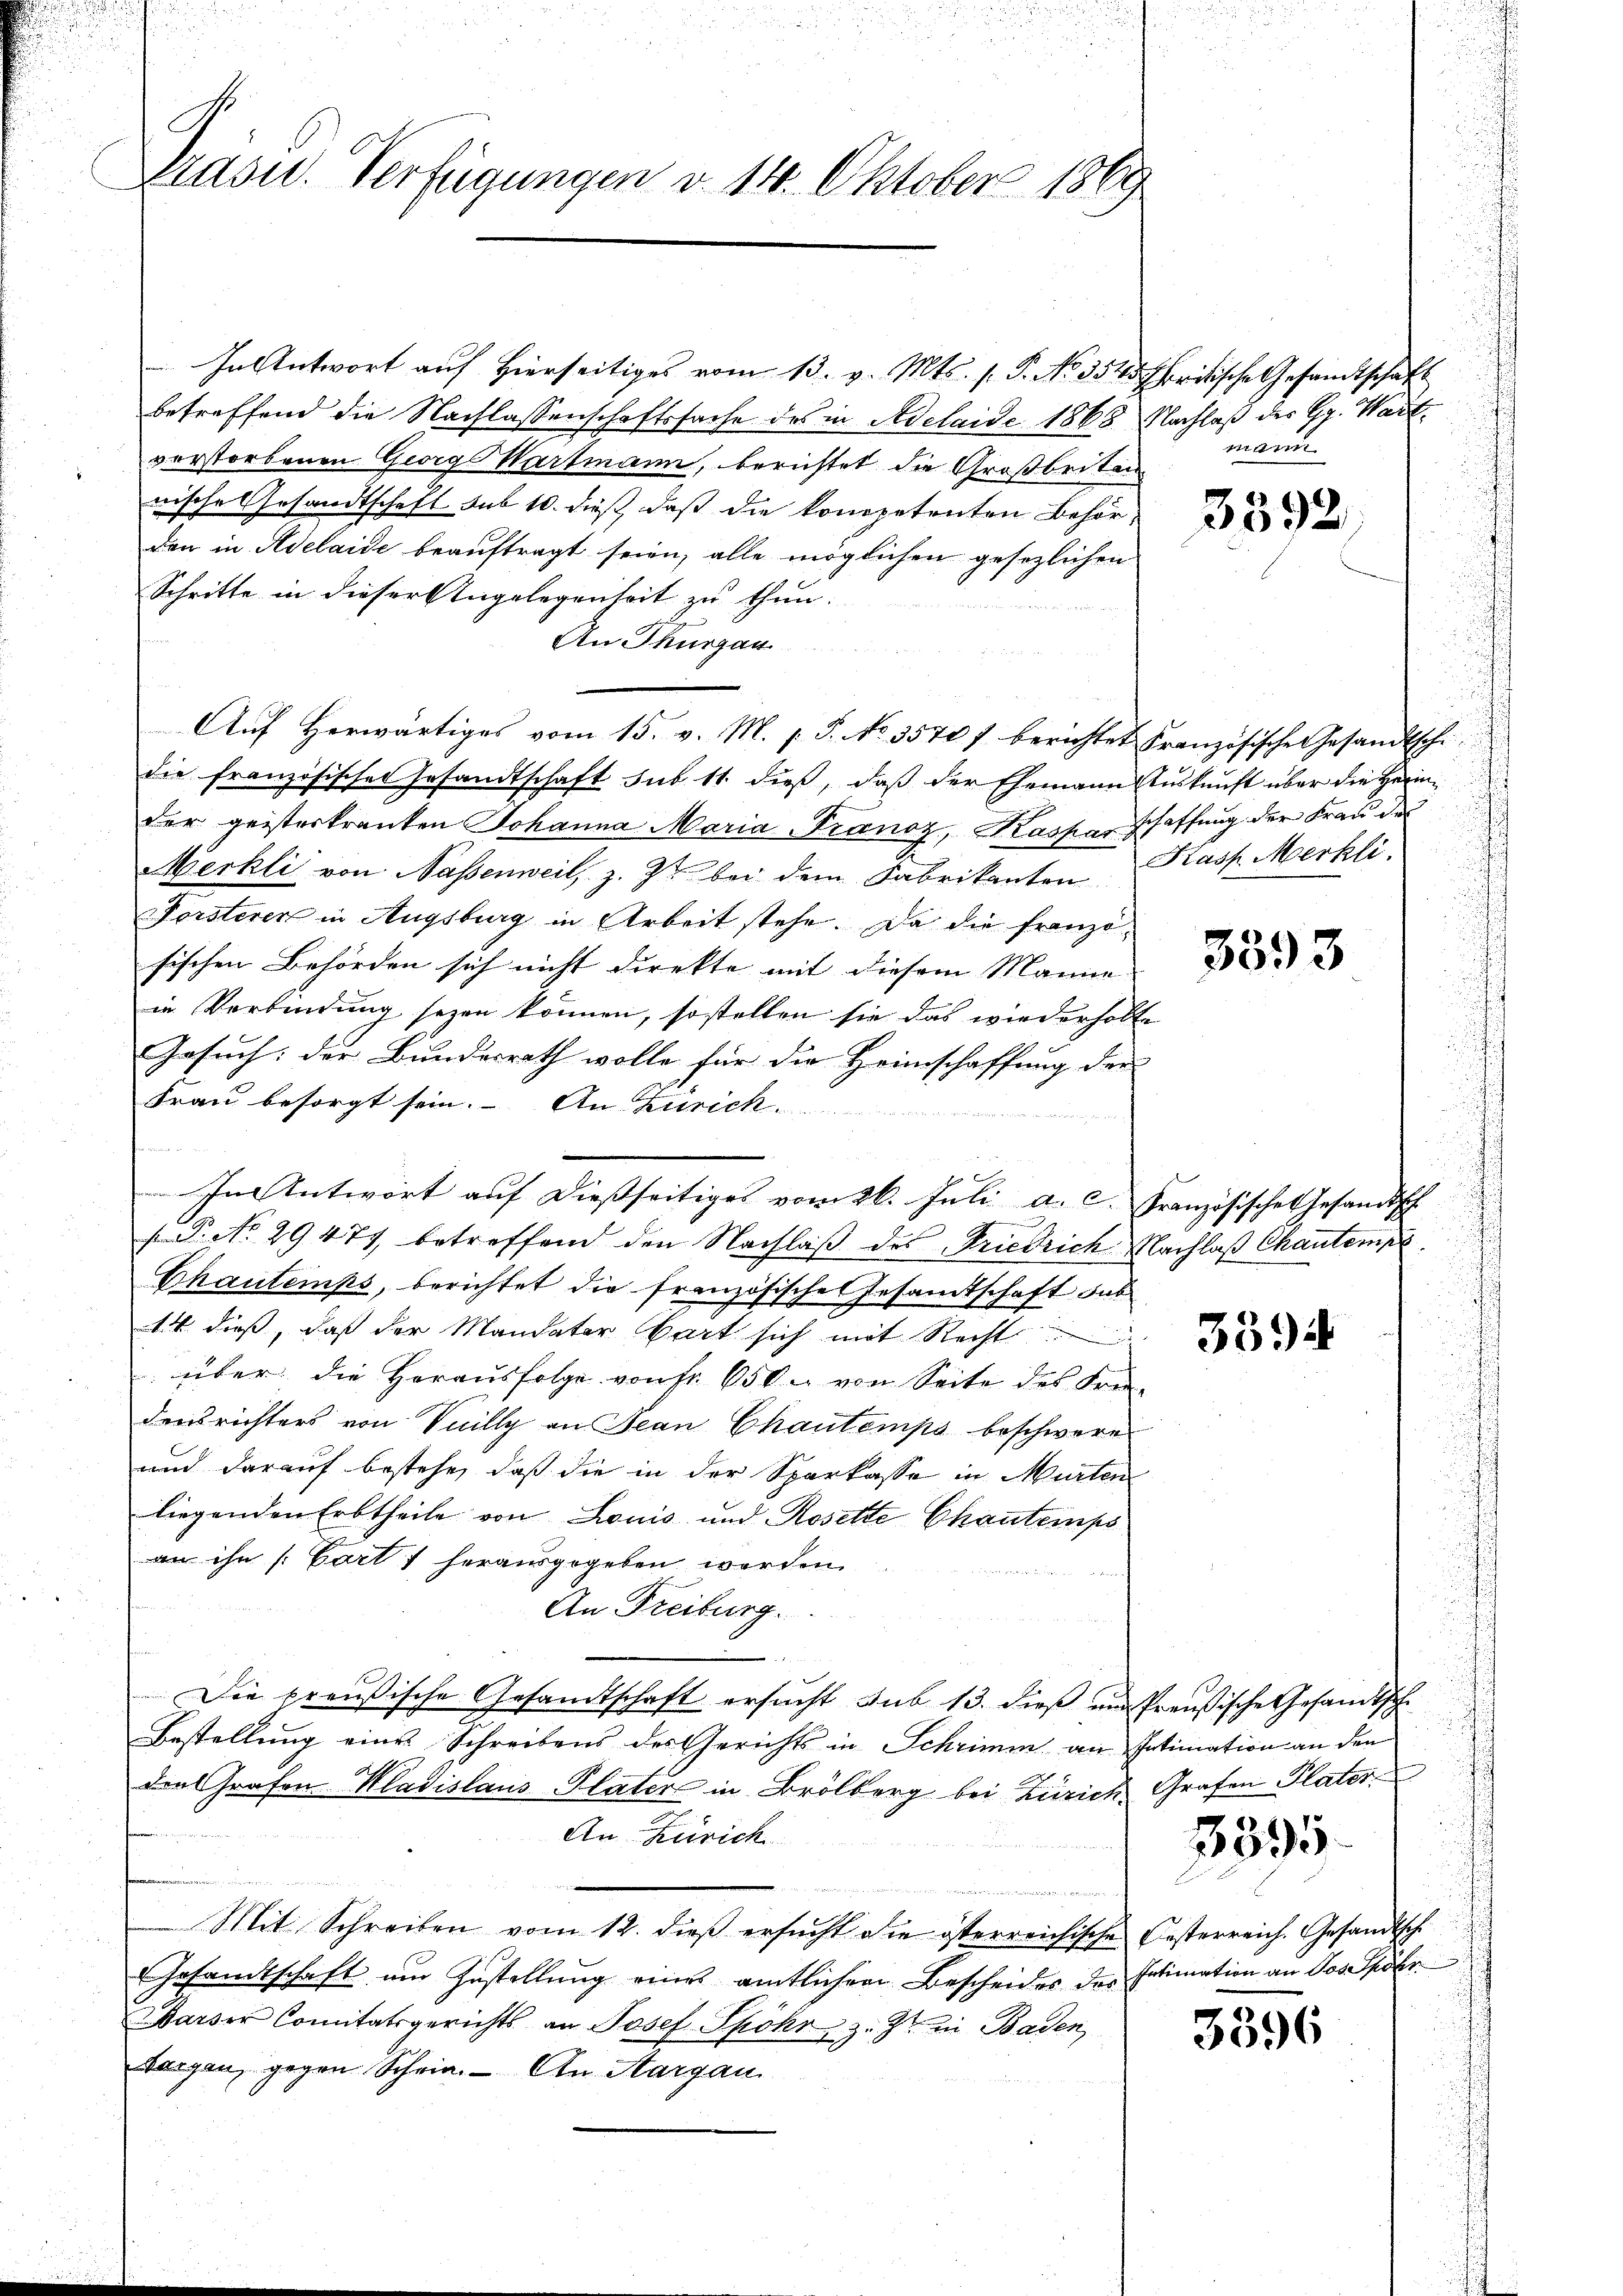
C
erasw. Verfügungen d. 14. Oktober 1869

In Antwort auf hierseitiges vom 13. v. Mts. s. P. No 3540 britische Gesandtschaft
betreffend die Nachlassenschaftssache des in Adelaide 1868
verstorbenen Georg Wartmann, berichtet die Großbritan
nische Gesandtschaft sub 10. dieß, daß die kompetenten Behörden in Adelaide beauftragt seien, alle möglichen gesezlichen
Schritte in dieser Angelegenheit zu thun.

An Thurgau
Auf Herwärtiges vom 15. v. M. v. J. No. 35707 berichtet Französische Gesandtschi
die französisches Gesandtschaft sub. 11. dieß, daß der Ehemann Auskunft über die Heimder geisteskranken Johanna Maria-Tranoz, Kaspar schaffung der Frau des
Merkli von Naßenweil, z. Z. bei dem Fabrikanten
Forsterer in Augsburg in Arbeit stehe. Da die franzöfischen Behörden sich nicht direkte mit diesem Manne
in Verbindung seyen können, so stellen sie das wiederholte
Gesuch: der Bundesrath wolle für die Heimschaffung der
Frau besorgt sein. An Zürich
In Antwort auf dießseitiges vom 26. Juli a. c. Französisches Gesandtsch
n
.P. No 29477 betreffend den Nachlaβ des Friedrich Nachlaβ Chautempe
Chautemps, berichtet die französisches Gesandtschaft sub
14. dieß, daß der Mandater Bart sich mit Recht
 über die Herausfolge von fr. 650 u. von Seite des Frei-
densrichters von Vuilly an Jean Chautemps beschwere
und darauf bestehe, daß die in der Sparkasse in Murten
liegenden Erbtheile von Louis und Rosette Chautempo
an ihn [Cart 1 herausgegeben werden.
An Freiburg.
Die preußische Gesandtschaft ersucht sub 13. dieß und Preußische Gesandtsche
Bestellung eine Schreibens des Gerichts in Schrimm an Intimation an den
den Grafen Kladislaus Plater in Brölberg bei Zürich Grafen Plater
An Zürich
u
Mit Schreiben vom 12. dieß ersucht die österreichische Oesterreich. Gesandtsche
Gesandtschaft um Zustellung eines amtlichen Bescheides des Intimation an des Spohr
Marser Comitätsgerichts an Josef Spohr, z. Zt. in Baden
borgen, gegen Schrie. - An Aargau

Nachlaß des Hr. Wart.
mann

3392

Kasp. Merkli

3593

3594

3395

3396